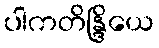
ပါကတိန္ဒြိယေ